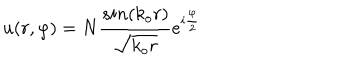
u ( r , \varphi ) = N \frac { s i n ( k _ { o } r ) } { \sqrt { k _ { o } r } } e ^ { i \frac { \varphi } { 2 } }